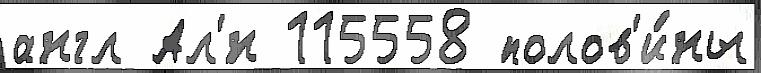
англ Ал'́н 115558 полов'и́ны